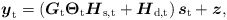
\begin{align*} \boldsymbol{y}_{\mathrm{t}} = \left(\boldsymbol{G}_{\mathrm{t}}\boldsymbol{\Theta}_{\mathrm{t}}\boldsymbol{H}_{\mathrm{s,t}}+\boldsymbol{H}_{\mathrm{d,t}}\right)\boldsymbol{s}_{\mathrm{t}}+\boldsymbol{z},\end{align*}